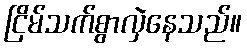
ငြိမ်သက်စွာလှဲနေသည်။